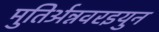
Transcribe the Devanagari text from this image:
मुतिर्अन्नवरइयुन